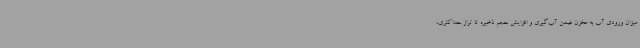
میزان ورودی آب به مخزن ضمن آب‌گیری و افزایش حجم ذخیره تا تراز حداکثری،